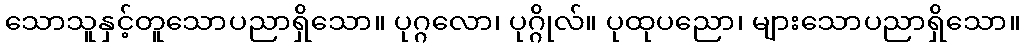
သောသူနှင့်တူသောပညာရှိသော။ ပုဂ္ဂလော၊ ပုဂ္ဂိုလ်။ ပုထုပညော၊ များသောပညာရှိသော။